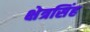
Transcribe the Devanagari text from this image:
क्षेत्रसिंह